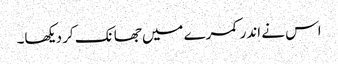
اس نے اندر کمرے میں جھانک کر دیکھا۔